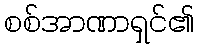
စစ်အာဏာရှင်၏